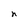
Character: n